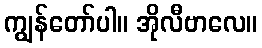
ကျွန်တော်ပါ။ အိုလီဗာလေ။